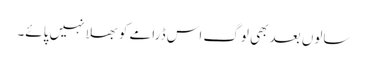
سالوں بعد بھی لوگ اس ڈرامے کو بھلا نہیں پائے۔